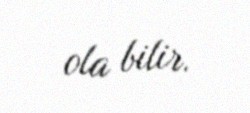
ola bilir.